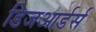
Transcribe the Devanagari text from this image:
डिजआर्डर्स